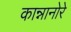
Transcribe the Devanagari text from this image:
कान्नानोरे